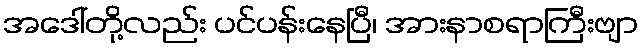
အဒေါ်တို့လည်း ပင်ပန်းနေပြီ၊ အားနာစရာကြီးဗျာ